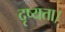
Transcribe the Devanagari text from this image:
दृष्यता।